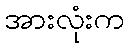
အားလုံးက